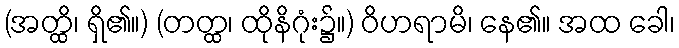
(အတ္ထိ၊ ရှိ၏။) (တတ္ထ၊ ထိုနိဂုံး၌။) ဝိဟရာမိ၊ နေ၏။ အထ ခေါ၊